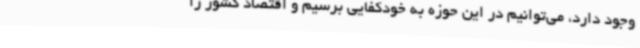
وجود دارد، می‌توانیم در این حوزه به خودکفایی برسیم و اقتصاد کشور را